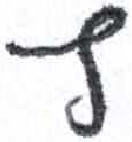
אות: ץ